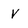
Character: v